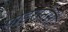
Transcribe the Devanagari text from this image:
पाइरानेसी